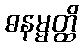
ဓနမ္မတ္ထိ